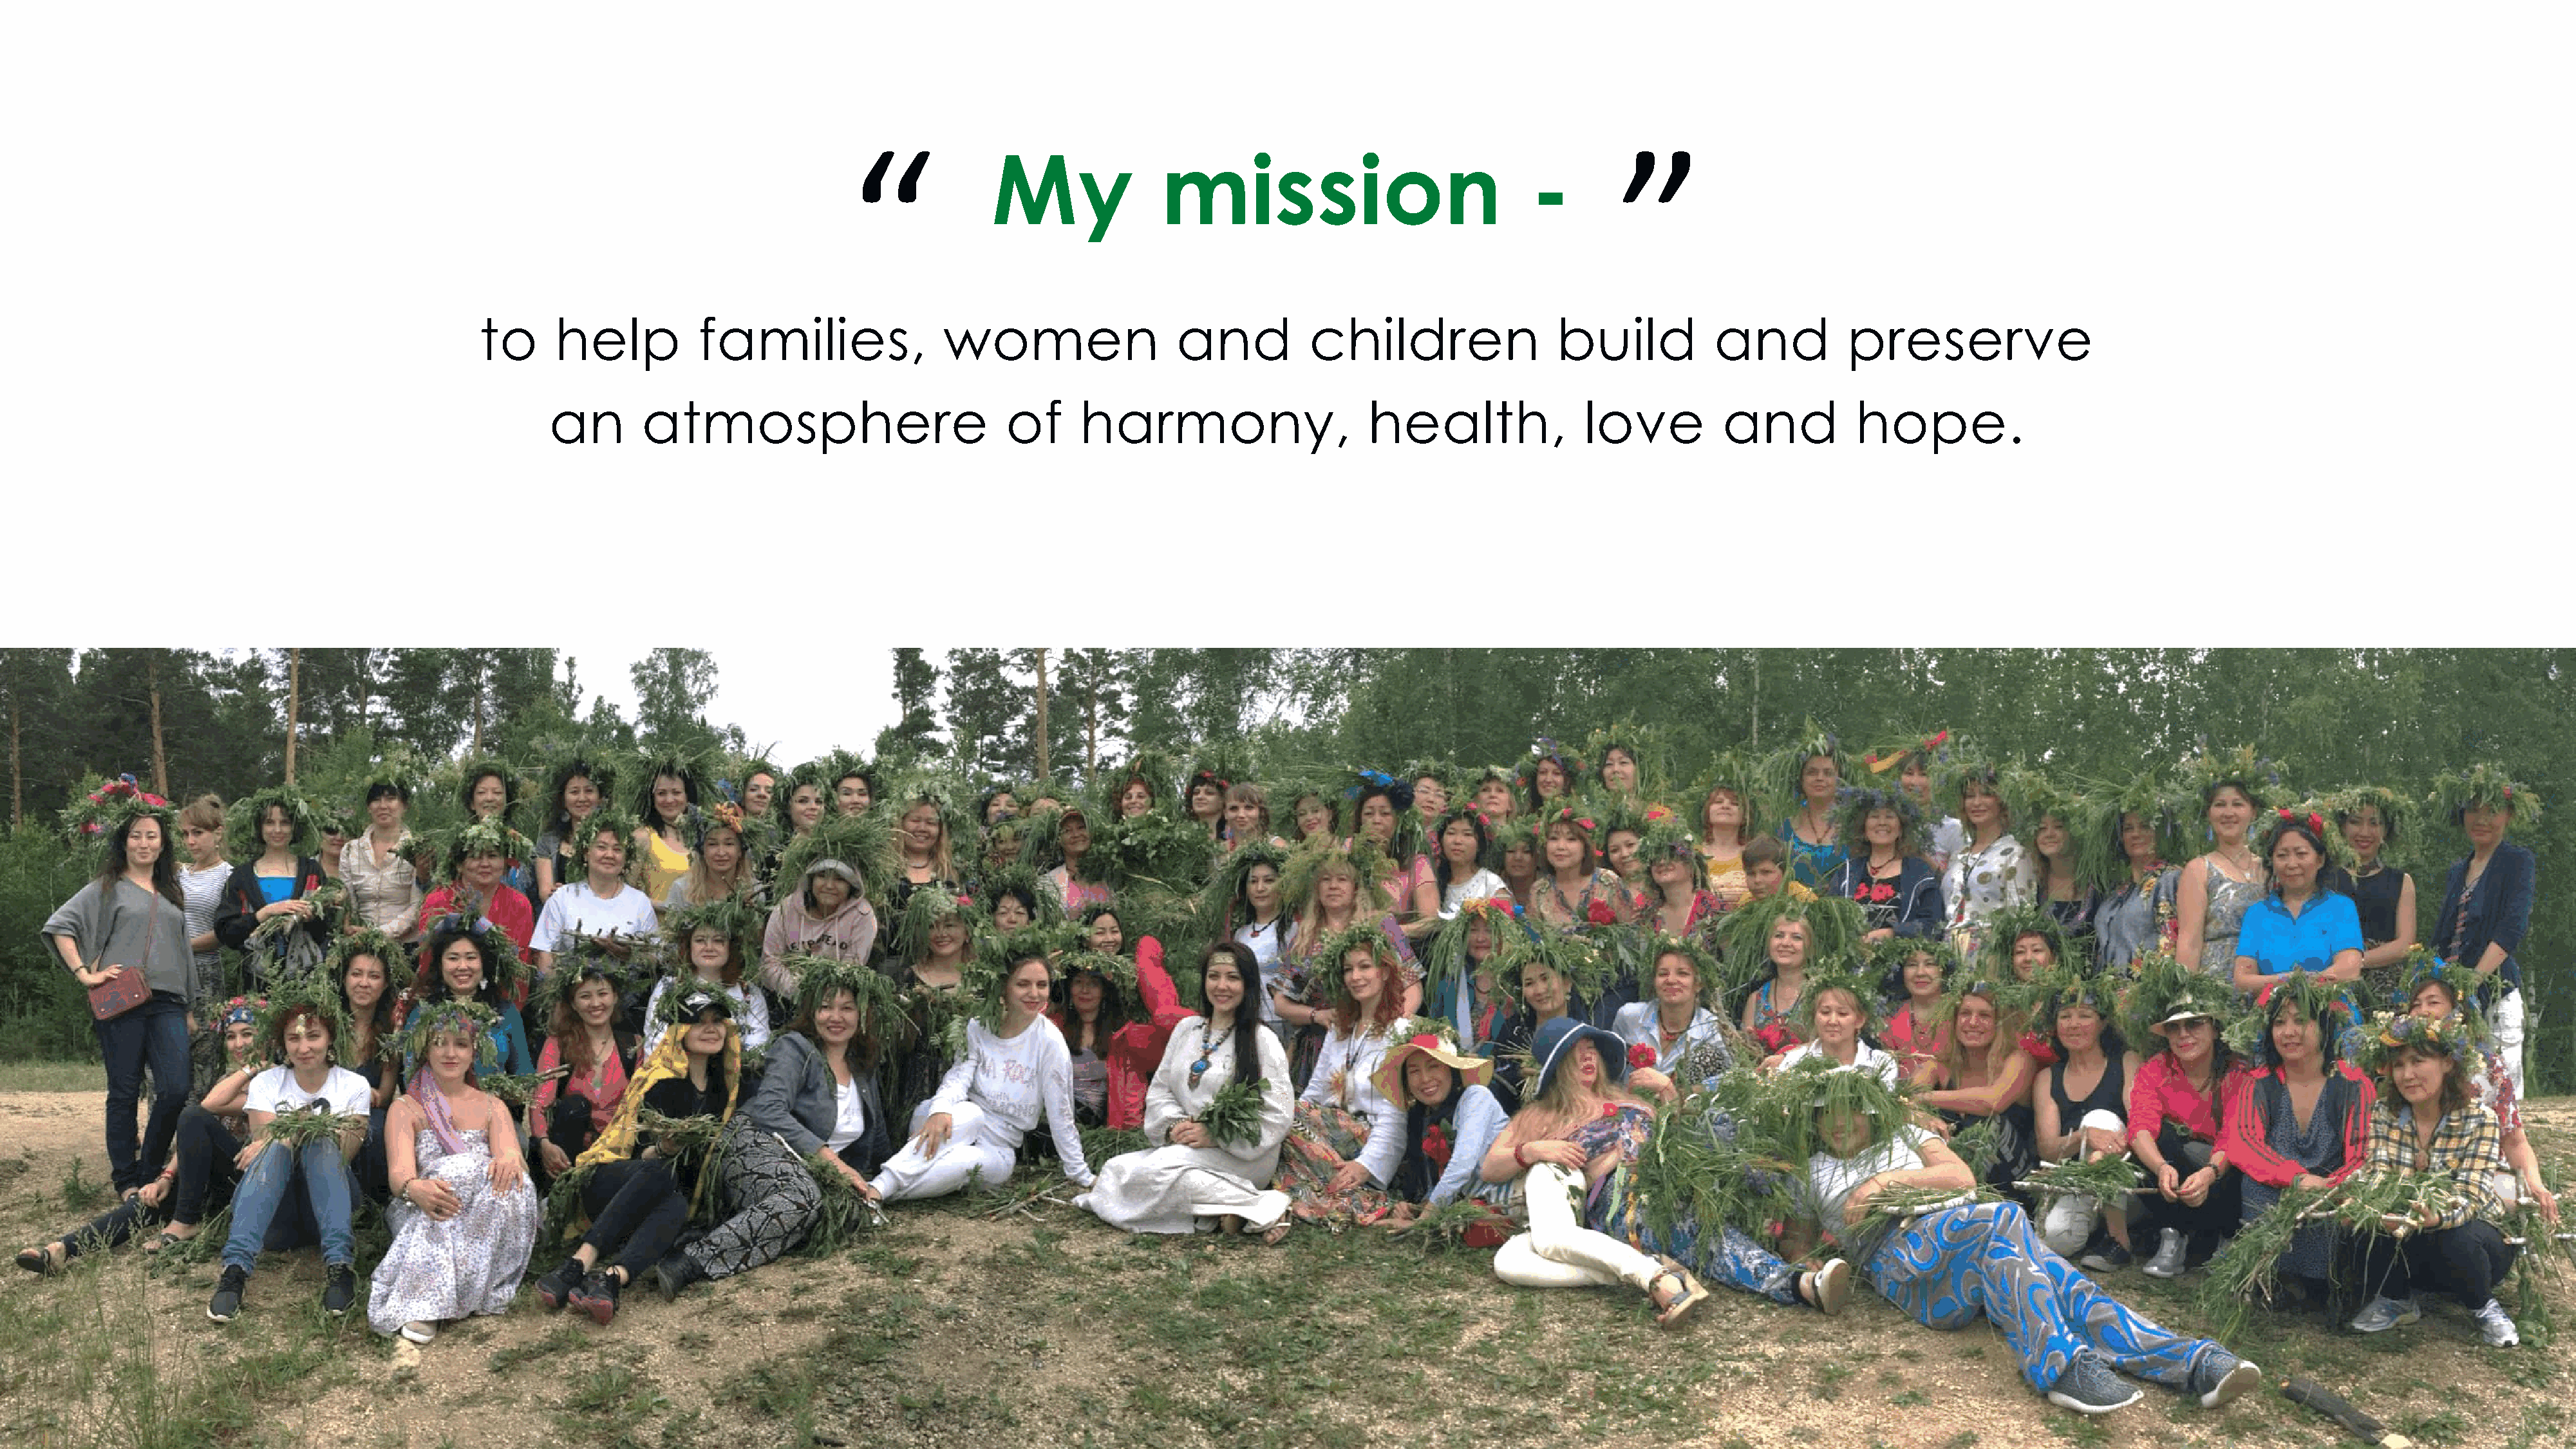
“                                                                              ”
 My               mission                               -
 to      help           families,                women                   and           children                 build           and           preserve
 an        atmosphere                           of      harmony,                      health,               love          and           hope.
 zhannabelle.com